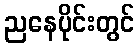
ညနေပိုင်းတွင်